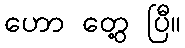
ဟော တွေ့ ပြီ။